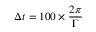
\Delta t = 1 0 0 \times \frac { 2 \pi } { \Gamma }